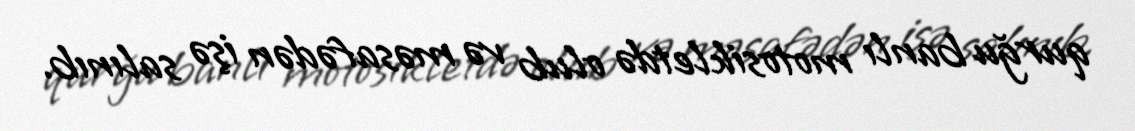
qurğu banlı motosikletdə olub və məsafədən işə salınıb.